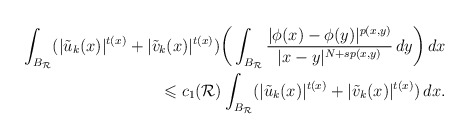
\begin{align*} \int_{B_{\mathcal{R}}}(|\tilde{u}_k(x)|^{t(x)}+ |\tilde{v}_k(x)|^{t(x)})\bigg(\int_{B_{\mathcal{R}}}\frac{| \phi (x)- \phi (y)|^{p(x,y)}}{|x-y|^{N+sp(x,y)}} \,dy\bigg)\,dx \\ \leqslant c_{1}(\mathcal{R})\int_{B_{\mathcal{R}}}(|\tilde{u}_k(x)|^{t(x)}+ |\tilde{v}_k(x)|^{t(x)})\,dx. \end{align*}